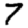
Digit: 7